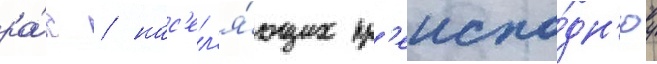
ра́с / нас'ел'я́ющих пр'еиспо́дн'юу